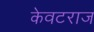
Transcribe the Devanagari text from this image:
केवटराज